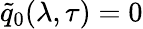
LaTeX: \tilde{q}_{0}(\lambda,\tau)=0